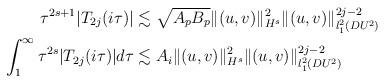
LaTeX: \begin{align*} \tau^{2s+1}|T_{2j}(i\tau)| & \lesssim \sqrt{A_p B_p} \Vert (u,v) \Vert^2_{H^s}\Vert (u,v) \Vert_{l^2_1(DU^2)}^{2j-2} \\\int_1^{\infty} \tau^{2s} |T_{2j}(i\tau)|d\tau & \lesssim A_i \Vert (u,v) \Vert^2_{H^s} \Vert (u,v) \Vert_{l^2_1(DU^2)}^{2j-2} \end{align*}